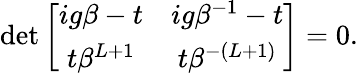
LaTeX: \begin{array}{r}{\operatorname*{det}\left[\begin{array}{cc}{ig\beta-t}&{ig\beta^{-1}-t}\\ {t\beta^{L+1}}&{t\beta^{-(L+1)}}\end{array}\right]=0.}\end{array}